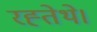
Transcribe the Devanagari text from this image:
रह्तेथे।